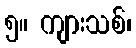
၅။ ကျားသစ်၊